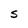
Character: S